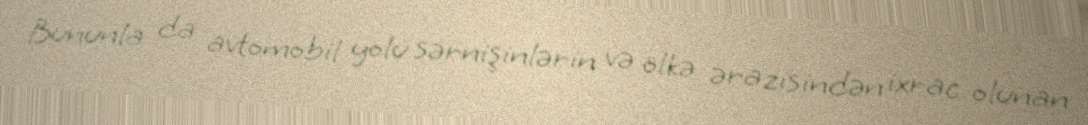
Bununla da avtomobil yolu sərnişinlərin və ölkə ərazisindən ixrac olunan